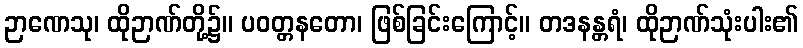
ဉာဏေသု၊ ထိုဉာဏ်တို့၌။ ပဝတ္တနတော၊ ဖြစ်ခြင်းကြောင့်။ တဒနန္တရံ၊ ထိုဉာဏ်သုံးပါး၏